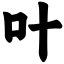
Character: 叶